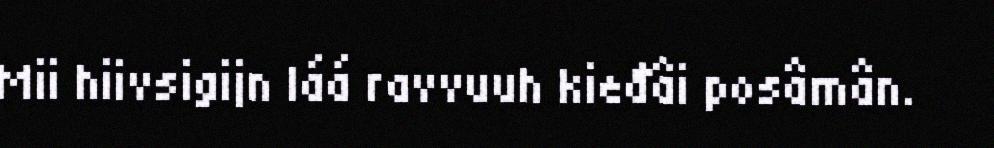
Mii hiivsigijn láá ravvuuh kieđâi posâmân.